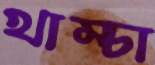
খাম্‌চা